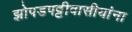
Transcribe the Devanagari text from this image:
झोपडपट्टीवासीयांना